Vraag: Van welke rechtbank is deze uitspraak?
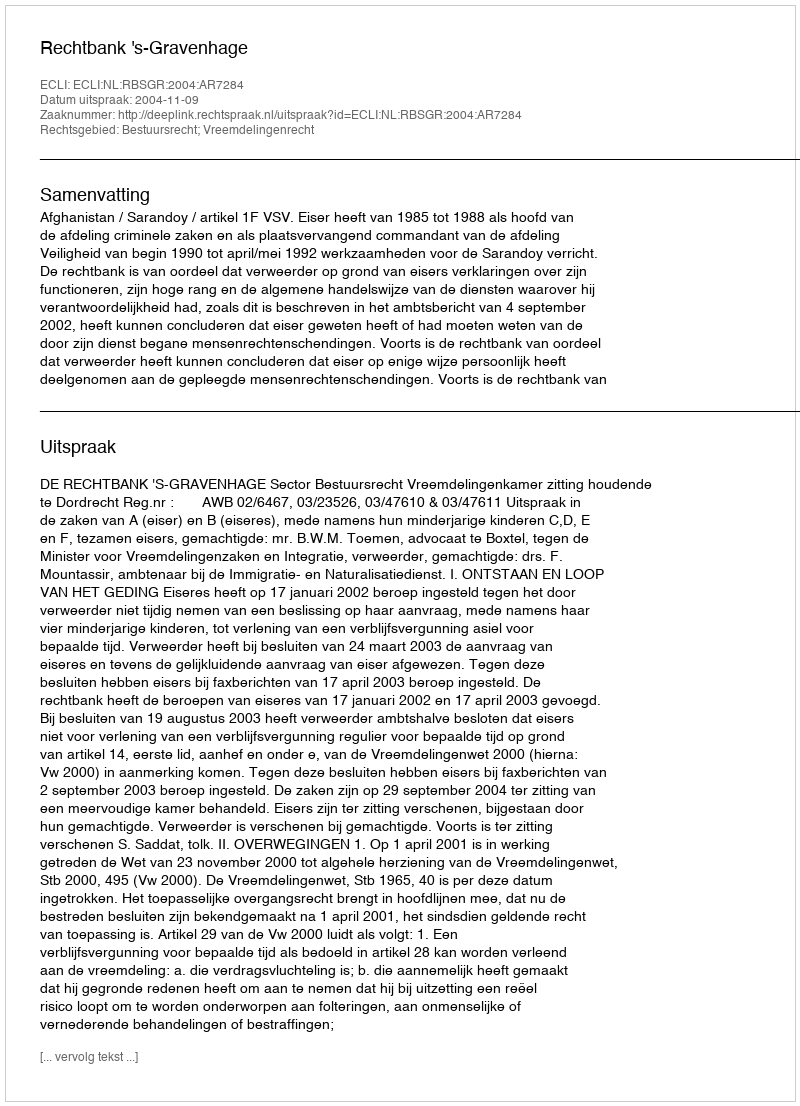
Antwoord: Rechtbank 's-Gravenhage